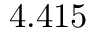
4 . 4 1 5